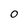
Character: 0